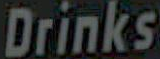
Drinks